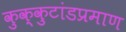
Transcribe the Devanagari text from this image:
कुक्कुटांडप्रमाण